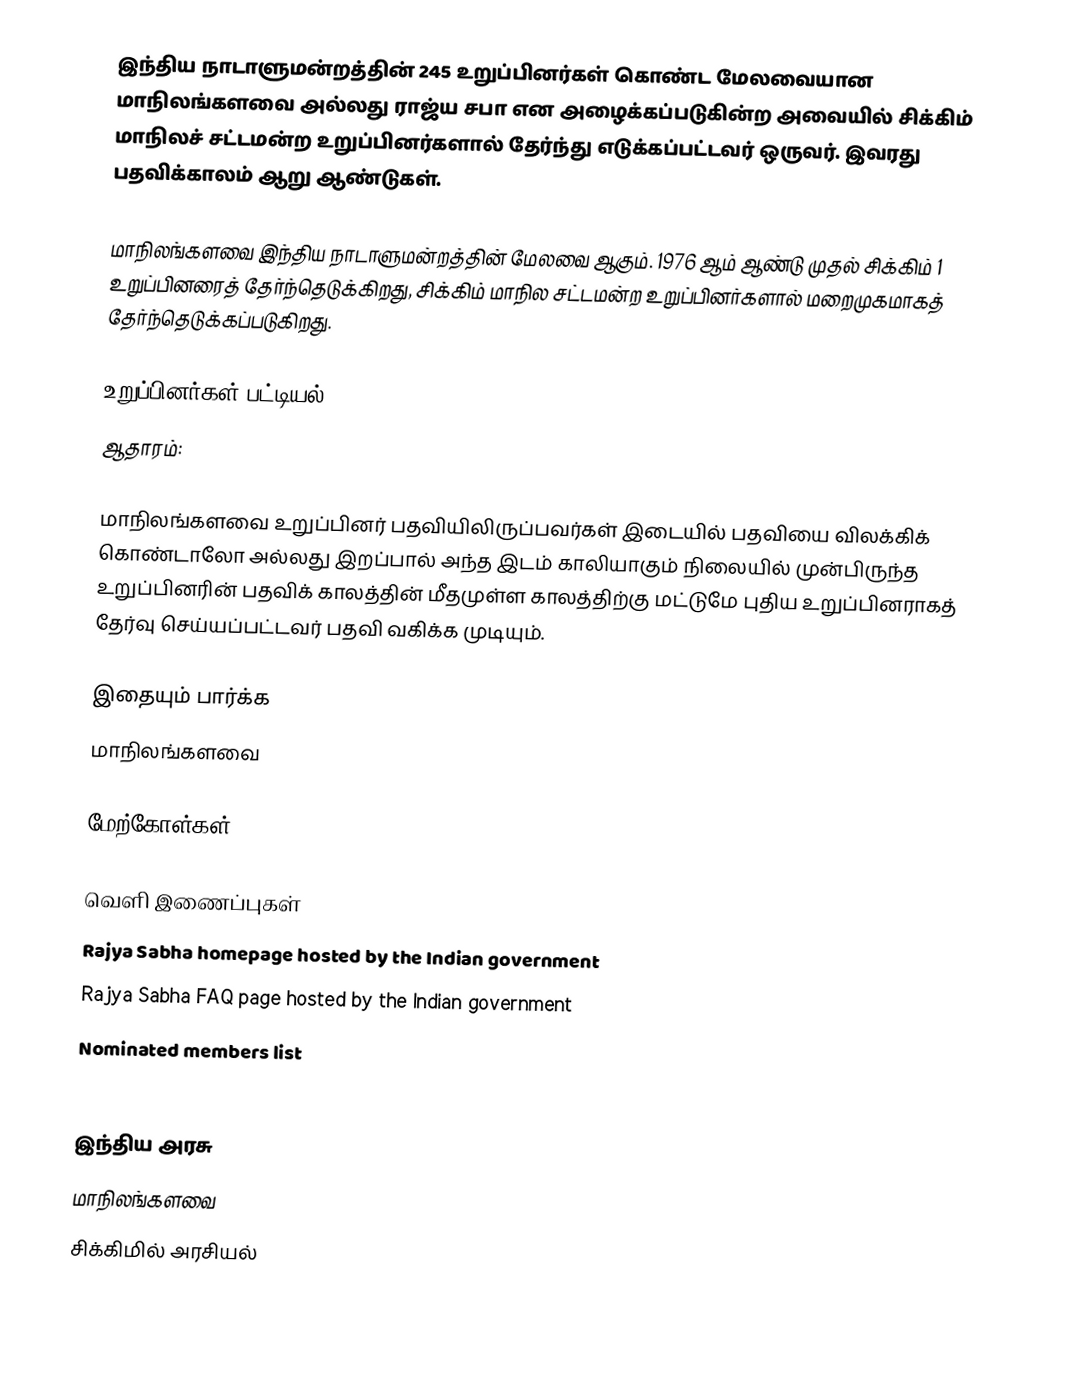
இந்திய நாடாளுமன்றத்தின் 245 உறுப்பினர்கள் கொண்ட மேலவையான மாநிலங்களவை அல்லது ராஜ்ய சபா  என அழைக்கப்படுகின்ற அவையில் சிக்கிம் மாநிலச் சட்டமன்ற உறுப்பினர்களால் தேர்ந்து எடுக்கப்பட்டவர் ஒருவர். இவரது பதவிக்காலம் ஆறு ஆண்டுகள்.

மாநிலங்களவை இந்திய நாடாளுமன்றத்தின் மேலவை ஆகும். 1976 ஆம் ஆண்டு முதல் சிக்கிம் 1 உறுப்பினரைத் தேர்ந்தெடுக்கிறது, சிக்கிம் மாநில சட்டமன்ற உறுப்பினர்களால் மறைமுகமாகத் தேர்ந்தெடுக்கப்படுகிறது.

உறுப்பினர்கள் பட்டியல்
ஆதாரம்:

 மாநிலங்களவை உறுப்பினர் பதவியிலிருப்பவர்கள் இடையில் பதவியை விலக்கிக் கொண்டாலோ அல்லது இறப்பால் அந்த இடம் காலியாகும் நிலையில் முன்பிருந்த உறுப்பினரின் பதவிக் காலத்தின் மீதமுள்ள காலத்திற்கு மட்டுமே புதிய உறுப்பினராகத் தேர்வு செய்யப்பட்டவர் பதவி வகிக்க முடியும்.

இதையும் பார்க்க
மாநிலங்களவை

மேற்கோள்கள்

வெளி இணைப்புகள்
Rajya Sabha homepage hosted by the Indian government
Rajya Sabha FAQ page hosted by the Indian government
Nominated members list
State wise list

இந்திய அரசு
மாநிலங்களவை
சிக்கிமில் அரசியல்